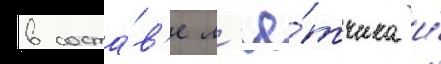
в соста́в'е л'ё́тчика и́